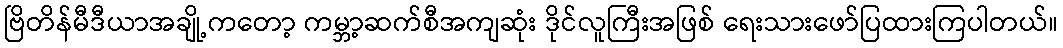
ဗြိတိန်မီဒီယာအချို့ကတော့ ကမ္ဘာ့ဆက်စီအကျဆုံး ဒိုင်လူကြီးအဖြစ် ရေးသားဖော်ပြထားကြပါတယ်။